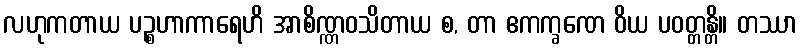
လဟုကတာယ ပဉ္စဟာကာရေဟိ အာစိဏ္ဏဝသိတာယ စ, တာ ဧကက္ခဏေ ဝိယ ပဝတ္တန္တိ။ တဿာ